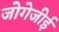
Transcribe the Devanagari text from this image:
जोगेजीई